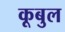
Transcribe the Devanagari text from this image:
कूबुल